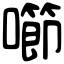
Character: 㘉